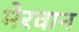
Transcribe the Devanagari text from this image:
मेरवान